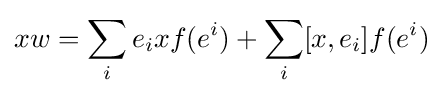
xw=\sum _{i}e_{i}xf(e^{i})+\sum _{i}[x,e_{i}]f(e^{i})